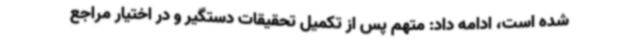
شده است، ادامه داد: متهم پس از تکمیل تحقیقات دستگیر و در اختیار مراجع